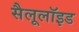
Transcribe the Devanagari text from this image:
सैलूलॉइड